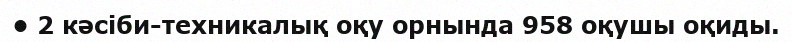
• 2 кәсіби-техникалық оқу орнында 958 оқушы оқиды.